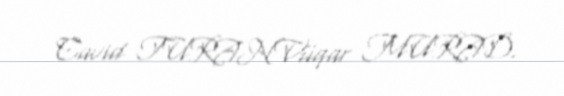
Cavid TURANVüqar MURAD.